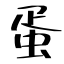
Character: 蛋